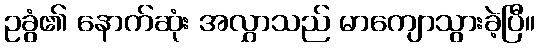
ဥခွံ၏ နောက်ဆုံး အလွှာသည် မာကျောသွားခဲ့ပြီ။